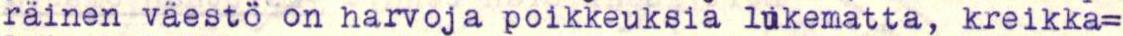
räinen väestö on harvoja poikkeuksia lukematta, kreikka=